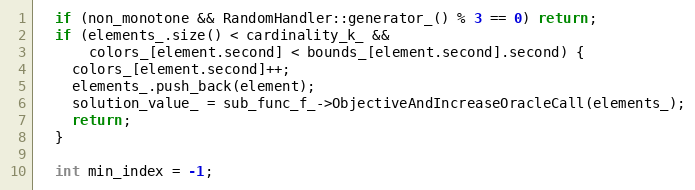
Language: C++
  if (non_monotone && RandomHandler::generator_() % 3 == 0) return;
  if (elements_.size() < cardinality_k_ &&
      colors_[element.second] < bounds_[element.second].second) {
    colors_[element.second]++;
    elements_.push_back(element);
    solution_value_ = sub_func_f_->ObjectiveAndIncreaseOracleCall(elements_);
    return;
  }

  int min_index = -1;